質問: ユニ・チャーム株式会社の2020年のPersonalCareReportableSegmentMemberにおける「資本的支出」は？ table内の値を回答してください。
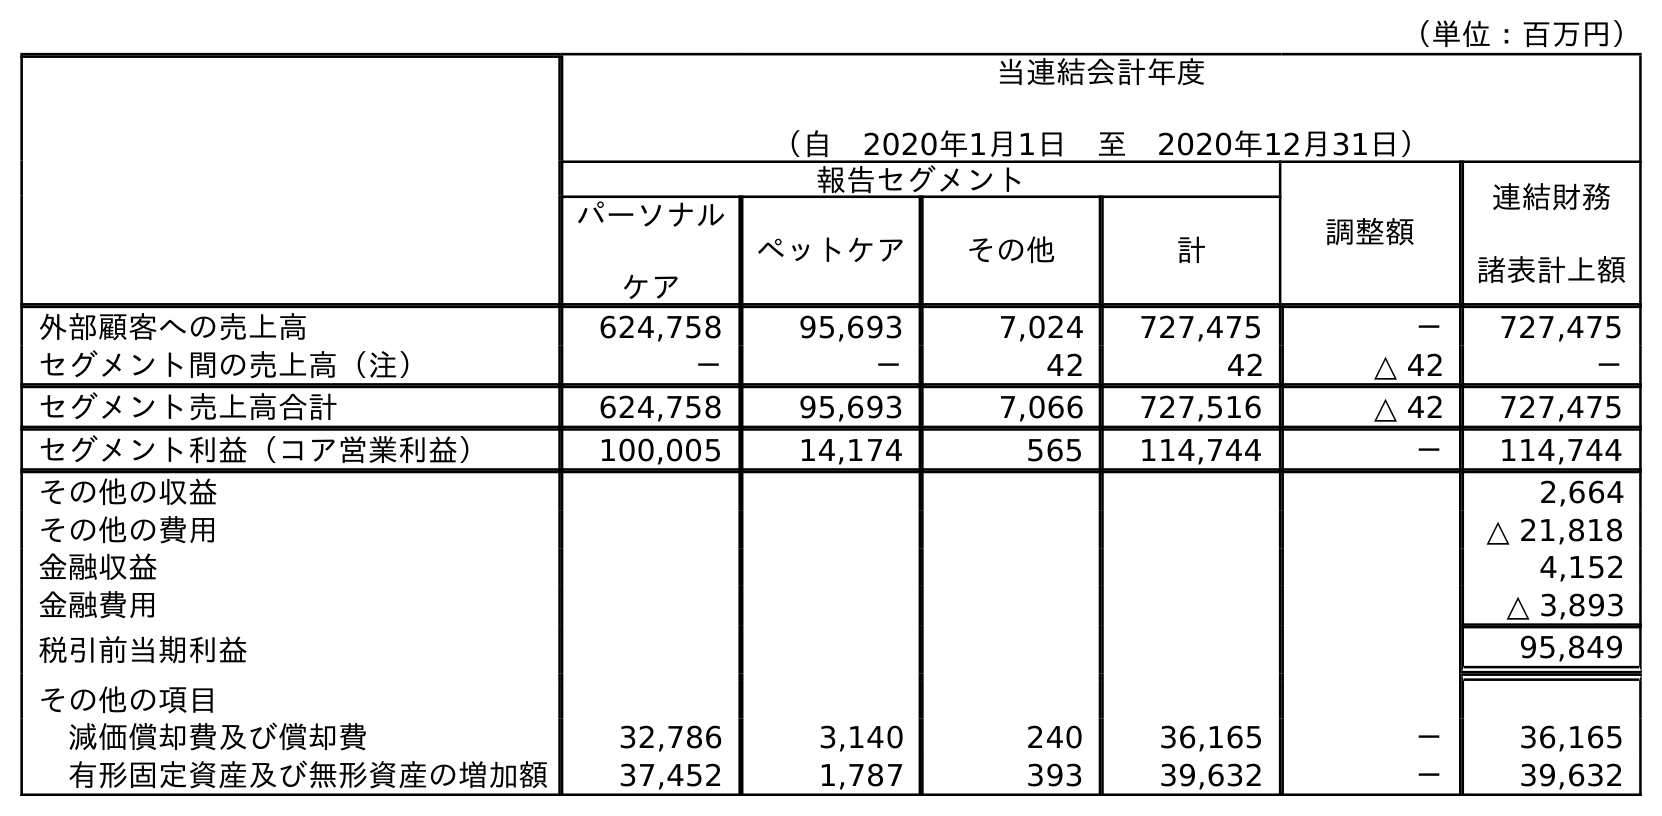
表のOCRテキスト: （単位：百万円） 当連結会計年度 （自 2020年1月1日 至 2020年12月31日） 報告セグメント 調整額 連結財務 諸表計上額 パーソナル ケア ペットケア その他 計 外部顧客への売上高 624,758 95,693 7,024 727,475 － 727,475 セグメント間の売上高（注） － － 42 42 △ 42 － セグメント売上高合計 624,758 95,693 7,066 727,516 △ 42 727,475 セグメント利益（コア営業利益） 100,005 14,174 565 114,744 － 114,744 その他の収益 2,664 その他の費用 △ 21,818 金融収益 4,152 金融費用 △ 3,893 税引前当期利益 95,849 その他の項目 減価償却費及び償却費 32,786 3,140 240 36,165 － 36,165 有形固定資産及び無形資産の増加額 37,452 1,787 393 39,632 － 39,632
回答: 37,452